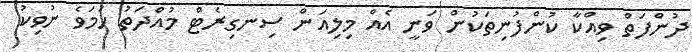
ދުންފަތް ވިއްކާ ކުންފުނިތަކުން ވަނީ އެއް މިލިއަން ސިނގިރެޓް މުއްދަތު ހަމަވެ ނުވިކު